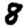
Digit: 8